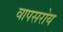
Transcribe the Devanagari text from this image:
वापसरोय